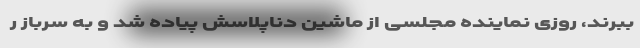
ببرند، روزی نماینده مجلسی از ماشین دناپلاسش پیاده شد و به سرباز ر